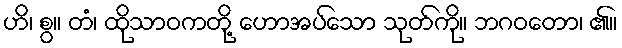
ဟိ၊ စွ။ တံ၊ ထိုသာဝကတို့ ဟောအပ်သော သုတ်ကို။ ဘဂဝတော၊ ၏။